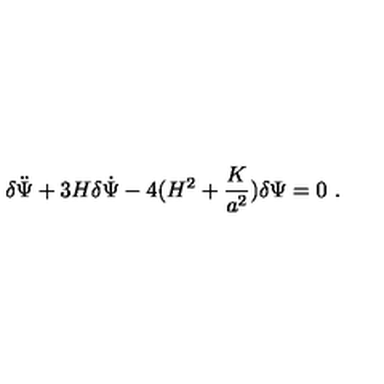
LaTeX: \delta \ddot { \Psi } + 3 H \delta \dot { \Psi } - 4 ( H ^ { 2 } + \frac { K } { a ^ { 2 } } ) \delta \Psi = 0 \ .